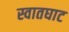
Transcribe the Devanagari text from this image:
स्वातघाट